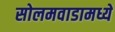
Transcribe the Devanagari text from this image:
सोलमवाडामध्ये